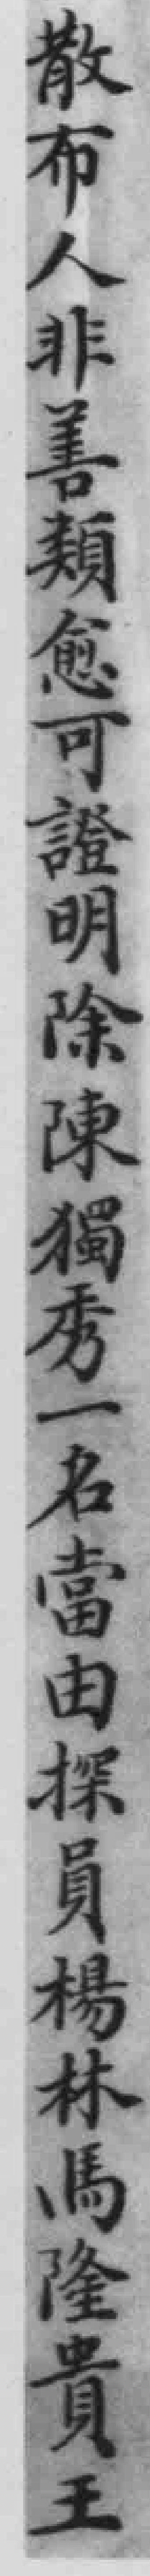
散布人非善類愈可證明除陳獨秀一名當由探員楊林馬隆貴王